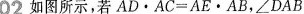
02 如图所示，若$$A D \cdot A C = A E \cdot A B$$，$$∠DAB